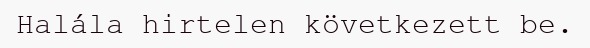
Halála hirtelen következett be.